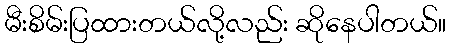
မီးစိမ်းပြထားတယ်လို့လည်း ဆိုနေပါတယ်။